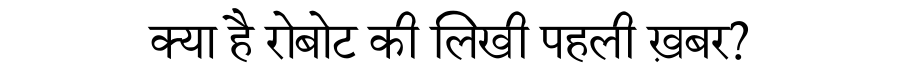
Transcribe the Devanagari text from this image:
क्या है रोबोट की लिखी पहली ख़बर?